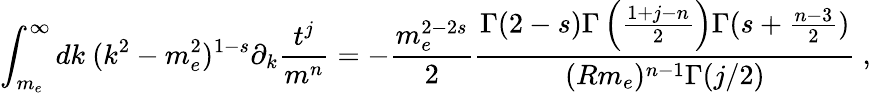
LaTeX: \int_{m_{e}}^{\infty}dk\ (k^{2}-m_{e}^{2})^{1-s}\partial_{k}\frac{t^{j}}{m^{n}}=-\frac{m_{e}^{2-2s}}{2}\frac{\Gamma(2-s)\Gamma\left(\frac{1+j-n}{2}\right)\Gamma(s+\frac{n-3}{2})}{(Rm_{e})^{n-1}\Gamma(j/2)}\ ,